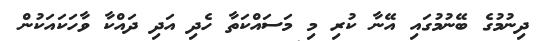
ދިނުމުގެ ބޭނުމުގައި އޭނާ ކުރި މި މަސައްކަތާ ހެދި އަދި ދައްކާ ވާހަކައަކުން